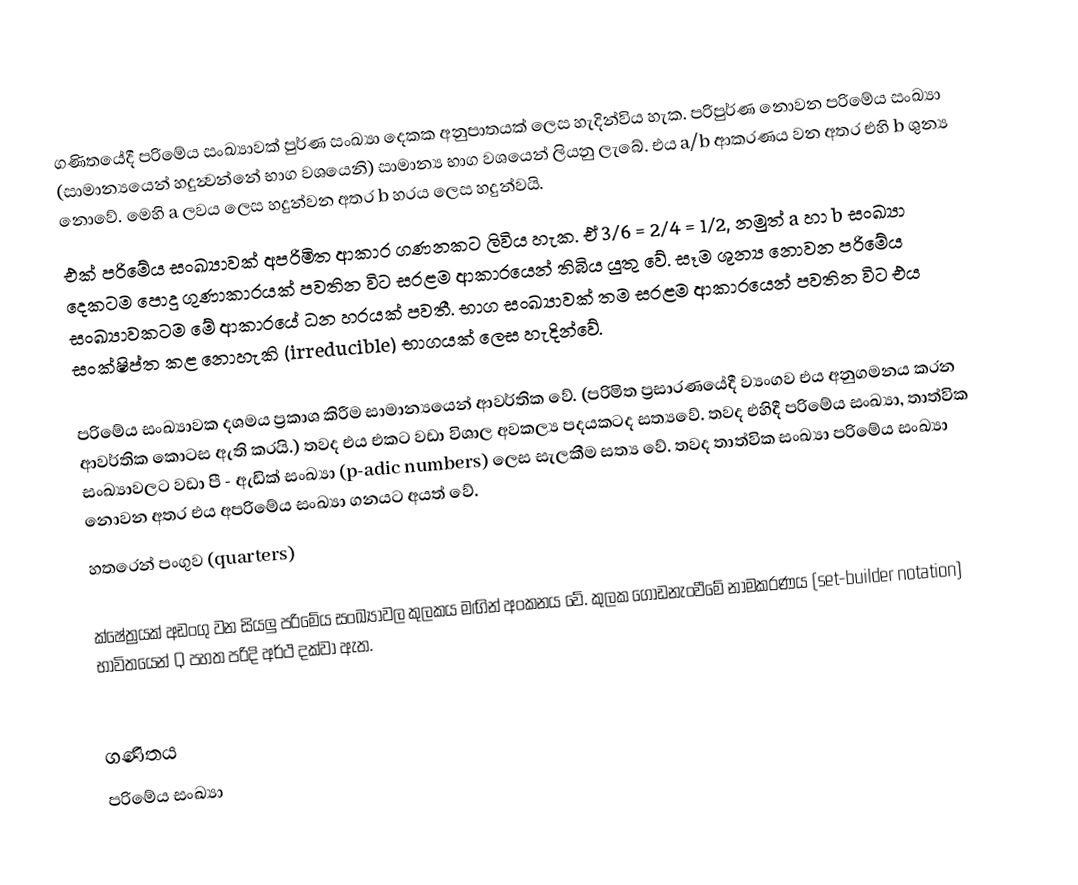
ගණිතයේදී පරිමේය සංඛ්‍යාවක් පුර්ණ සංඛ්‍යා දෙකක අනුපාතයක් ලෙස හැදින්විය හැක. පරිපුර්ණ නොවන පරිමේය සංඛ්‍යා (සාමාන්‍යයෙන් හදුන්‍වන්නේ භාග වශයෙනි) සාමාන්‍ය භාග වශයෙන් ලියනු ලැබේ. එය a/b ආකරණය වන අතර එහි b ශුන්‍ය නොවේ. මෙහි a ලවය ලෙස හදුන්වන අතර b හරය ලෙස හදුන්වයි.
එක් පරිමේය සංඛ්‍යාවක් අපරිමිත ආකාර ගණනකට ලිවිය හැක. ඒ 3/6 = 2/4 = 1/2, නමුත් a හා b සංඛ්‍යා දෙකටම පොදු ගුණාකාරයක් පවතින විට සරළම ආකාරයෙන් තිබිය යුතු වේ. සෑම ශුන්‍ය නොවන පරිමේය සංඛ්‍යාවකටම මේ ආකාරයේ ධන හරයක් පවතී. භාග සංඛ්‍යාවක් තම සරළම ආකාරයෙන් පවතින විට එය සංක්ෂිප්ත කළ නොහැකි (irreducible) භාගයක් ලෙස හැදින්වේ.

පරිමේය සංඛ්‍යාවක දශමය ප්‍රකාශ කිරීම සාමාන්‍යයෙන් ආවර්තික වේ. (පරිමිත ප්‍රසාරණයේදී ව්‍යංගව එය අනුගමනය කරන ආවර්තික කොටස ඇති කරයි.) තවද එය එකට වඩා විශාල අවකල්‍ය පදයකටද සත්‍යවේ. තවද එහිදී පරිමේය සංඛ්‍යා, තාත්වික සංඛ්‍යාවලට වඩා පී - ඇඩික් සංඛ්‍යා (p-adic numbers) ලෙස සැලකීම සත්‍ය වේ. තවද තාත්වික සංඛ්‍යා පරිමේය සංඛ්‍යා නොවන අතර එය අපරිමේය සංඛ්‍යා ගනයට අයත් වේ.
හතරෙන් පංගුව (quarters)

ක්ෂේත්‍රයක් අඩංගු වන සියලු පරිමේය සංඛ්‍යාවල කුලකය  මඟින් අංකනය වේ. කුලක ගොඩනැංවීමේ නාමකරණය (set-builder notation) භාවිතයෙන් Q පහත පරිදි අර්ථ දක්වා ඇත.

ගණිතය
පරිමේය සංඛ්‍යා